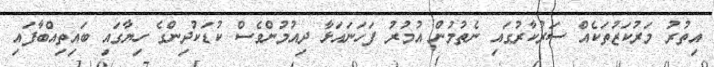
އިތުރު މަރުކަޒުތަކެއް ސަރުކާރުގައި ނެތުމުން އުމުރު ފަހަނައަޅާ ދިއުމުންވެސް ކުޑަކުދިންގެ ހިޔާގައި ބައިތިއްބާފައި